Civil Veterinary Department ledger series I-VI
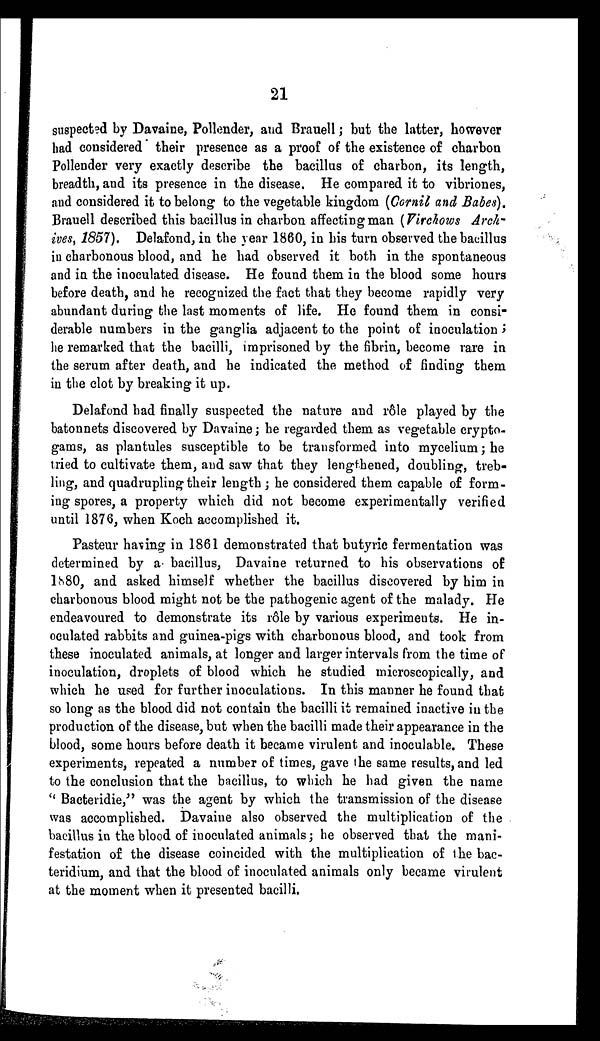
21
suspected by Davaine, Pollender, and Brauell; but the latter, however
had considered their presence as a proof of the existence of charbon
Pollender very exactly describe the bacillus of charbon, its length,
breadth, and its presence in the disease. He compared it to vibriones,
and considered it to belong to the vegetable kingdom (Cornil and Babes).
Brauell described this bacillus in charbon affecting man (Virchows Arch-
ives, 1857). Delafond, in the year 1860, in his turn observed the bacillus
in charbonous blood, and he had observed it both in the spontaneous
and in the inoculated disease. He found them in the blood some hours
before death, and he recognized the fact that they become rapidly very
abundant during the last moments of life. He found them in consi-
derable numbers in the ganglia adjacent to the point of inoculation;
he remarked that the bacilli, imprisoned by the fibrin, become rare in
the serum after death, and he indicated the method of finding them
in the clot by breaking it up.
Delafond had finally suspected the nature and rôle played by the
batonnets discovered by Davaine; he regarded them as vegetable crypto-
gams, as plantules susceptible to be transformed into mycelium; he
tried to cultivate them, and saw that they lengthened, doubling, treb-
ling, and quadrupling their length; he considered them capable of form-
ing spores, a property which did not become experimentally verified
until 1876, when Koch accomplished it.
Pasteur having in 1861 demonstrated that butyric fermentation was
determined by a bacillus, Davaine returned to his observations of
1880, and asked himself whether the bacillus discovered by him in
charbonous blood might not be the pathogenic agent of the malady. He
endeavoured to demonstrate its rôle by various experiments. He in-
oculated rabbits and guinea-pigs with charbonous blood, and took from
these inoculated animals, at longer and larger intervals from the time of
inoculation, droplets of blood which he studied microscopically, and
which he used for further inoculations. In this manner he found that
so long as the blood did not contain the bacilli it remained inactive in the
production of the disease, but when the bacilli made their appearance in the
blood, some hours before death it became virulent and inoculable. These
experiments, repeated a number of times, gave the same results, and led
to the conclusion that the bacillus, to which he had given the name
"Bacteridie," was the agent by which the transmission of the disease
was accomplished. Davaine also observed the multiplication of the
bacillus in the blood of inoculated animals; he observed that the mani-
festation of the disease coincided with the multiplication of the bac-
teridium, and that the blood of inoculated animals only became virulent
at the moment when it presented bacilli.